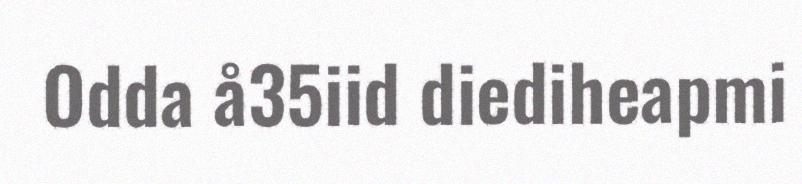
Odda å35iid diediheapmi